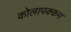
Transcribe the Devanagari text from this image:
कोलापक्कम